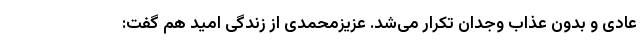
عادی و بدون عذاب وجدان تکرار می‌شد. عزیزمحمدی از زندگی امید هم گفت: